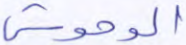
الوحوش